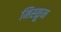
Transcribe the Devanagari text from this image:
मिस्ळून